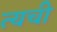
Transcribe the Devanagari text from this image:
त्यची